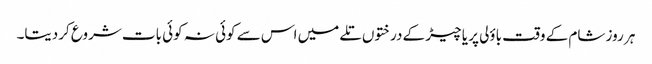
ہر روز شام کے وقت باؤلی پر یا چیڑ کے درختوں تلے میں اس سے کوئی نہ کوئی بات شروع کردیتا۔